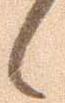
候